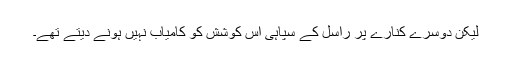
لیکن دوسرے کنارے پر راسل کے سپاہی اس کوشش کو کامیاب نہیں ہونے دیتے تھے۔